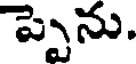
ప్పెను.